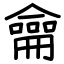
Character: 龠